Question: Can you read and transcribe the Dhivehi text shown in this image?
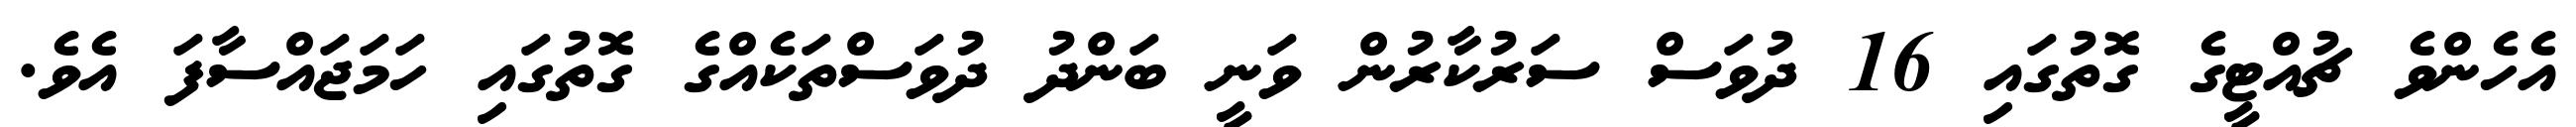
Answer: އެހެންވެ ޗުއްޓީގެ ގޮތުގައި 16 ދުވަސް ސަރުކާރުން ވަނީ ބަންދު ދުވަސްތަކެއްގެ ގޮތުގައި ހަމަޖައްސާފަ އެވެ.